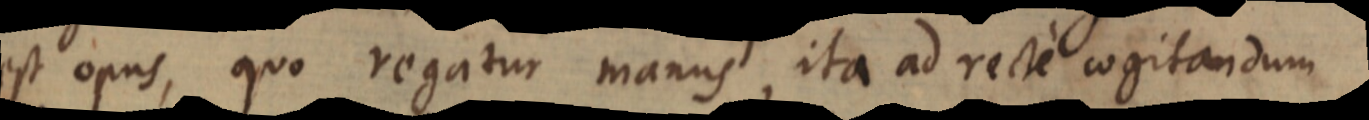
est opus, quo regatur manus, ita ad recte cogitandum